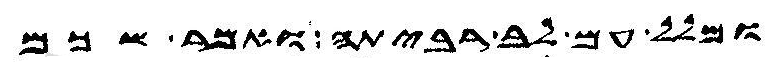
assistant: ומלל עם לב רביתה ואמר שכם